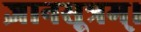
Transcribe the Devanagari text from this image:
ज्ञानसूत्रम्।